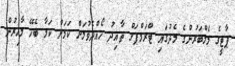
ޕާޓީގެ މެމްބަރުންގެ މެދުގައި ޓްރަމްޕަށް ތާއިދު ހޯއްދެވުމަށް ކަމަށް ކަމާ ބެހޭ މާހިރުން